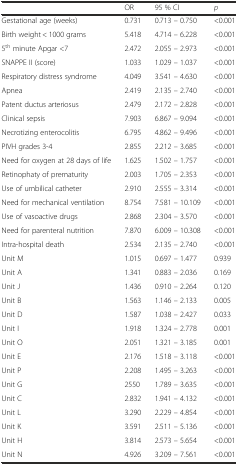
<table><thead><tr><td></td><td><b>OR</b></td><td><b>95 % CI</b></td><td><b><i>p</i></b></td></tr></thead><tbody><tr><td>Gestational age (weeks)</td><td>0.731</td><td>0.713 – 0.750</td><td>&lt;0.001</td></tr><tr><td>Birth weight &lt; 1000 grams</td><td>5.418</td><td>4.714 – 6.228</td><td>&lt;0.001</td></tr><tr><td>5<sup>th</sup> minute Apgar &lt;7</td><td>2.472</td><td>2.055 – 2.973</td><td>&lt;0.001</td></tr><tr><td>SNAPPE II (score)</td><td>1.033</td><td>1.029 – 1.037</td><td>&lt;0.001</td></tr><tr><td>Respiratory distress syndrome</td><td>4.049</td><td>3.541 – 4.630</td><td>&lt;0.001</td></tr><tr><td>Apnea</td><td>2.419</td><td>2.135 – 2.740</td><td>&lt;0.001</td></tr><tr><td>Patent ductus arteriosus</td><td>2.479</td><td>2.172 – 2.828</td><td>&lt;0.001</td></tr><tr><td>Clinical sepsis</td><td>7.903</td><td>6.867 – 9.094</td><td>&lt;0.001</td></tr><tr><td>Necrotizing enterocolitis</td><td>6.795</td><td>4.862 – 9.496</td><td>&lt;0.001</td></tr><tr><td>PIVH grades 3-4</td><td>2.855</td><td>2.212 – 3.685</td><td>&lt;0.001</td></tr><tr><td>Need for oxygen at 28 days of life</td><td>1.625</td><td>1.502 – 1.757</td><td>&lt;0.001</td></tr><tr><td>Retinophaty of prematurity</td><td>2.003</td><td>1.705 – 2.353</td><td>&lt;0.001</td></tr><tr><td>Use of umbilical catheter</td><td>2.910</td><td>2.555 – 3.314</td><td>&lt;0.001</td></tr><tr><td>Need for mechanical ventilation</td><td>8.754</td><td>7.581 – 10.109</td><td>&lt;0.001</td></tr><tr><td>Use of vasoactive drugs</td><td>2.868</td><td>2.304 – 3.570</td><td>&lt;0.001</td></tr><tr><td>Need for parenteral nutrition</td><td>7.870</td><td>6.009 – 10.308</td><td>&lt;0.001</td></tr><tr><td>Intra-hospital death</td><td>2.534</td><td>2.135 – 2.740</td><td>&lt;0.001</td></tr><tr><td>Unit M</td><td>1.015</td><td>0.697 – 1.477</td><td>0.939</td></tr><tr><td>Unit A</td><td>1.341</td><td>0.883 – 2.036</td><td>0.169</td></tr><tr><td>Unit J</td><td>1.436</td><td>0.910 – 2.264</td><td>0.120</td></tr><tr><td>Unit B</td><td>1.563</td><td>1.146 – 2.133</td><td>0.005</td></tr><tr><td>Unit D</td><td>1.587</td><td>1.038 – 2.427</td><td>0.033</td></tr><tr><td>Unit I</td><td>1.918</td><td>1.324 – 2.778</td><td>0.001</td></tr><tr><td>Unit O</td><td>2.051</td><td>1.321 – 3.185</td><td>0.001</td></tr><tr><td>Unit E</td><td>2.176</td><td>1.518 – 3.118</td><td>&lt;0.001</td></tr><tr><td>Unit P</td><td>2.208</td><td>1.495 – 3.263</td><td>&lt;0.001</td></tr><tr><td>Unit G</td><td>2550</td><td>1.789 – 3.635</td><td>&lt;0.001</td></tr><tr><td>Unit C</td><td>2.832</td><td>1.941 – 4.132</td><td>&lt;0.001</td></tr><tr><td>Unit L</td><td>3.290</td><td>2.229 – 4.854</td><td>&lt;0.001</td></tr><tr><td>Unit K</td><td>3.591</td><td>2.511 – 5.136</td><td>&lt;0.001</td></tr><tr><td>Unit H</td><td>3.814</td><td>2.573 – 5.654</td><td>&lt;0.001</td></tr><tr><td>Unit N</td><td>4.926</td><td>3.209 – 7.561</td><td>&lt;0.001</td></tr></tbody></table>